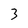
Character: 3